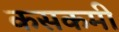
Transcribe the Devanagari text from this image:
कसकमी